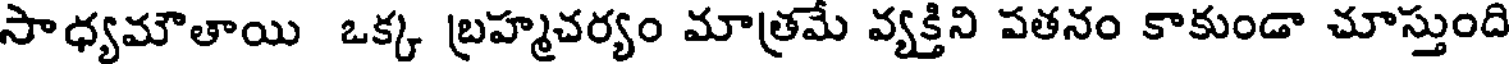
సాధ్యమౌతాయి ఒక్క బ్రహ్మచర్యం మాత్రమే వ్యక్తిని పతనం కాకుండా చూస్తుంది